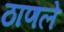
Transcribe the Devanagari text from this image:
ठाणले